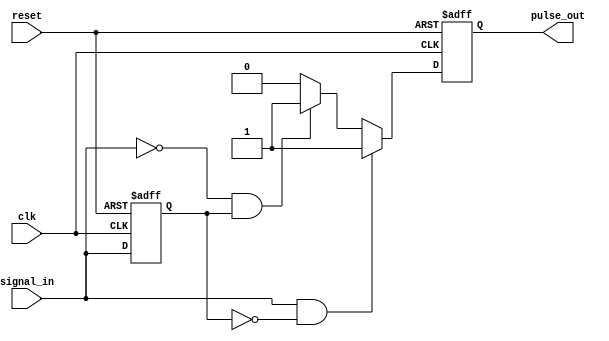
module pulse_edge_detector (
    input wire clk,          // Clock input
    input wire reset,        // Reset input
    input wire signal_in,    // Input signal to detect edges
    output reg pulse_out     // Output pulse signal
);

    // Memory block to store the previous state of the input signal
    reg previous_state;

    // Always block triggered on the rising edge of the clock
    always @(posedge clk or posedge reset) begin
        if (reset) begin
            previous_state <= 1'b0; // Initialize previous state to 0 on reset
            pulse_out <= 1'b0;       // Initialize pulse output to 0 on reset
        end else begin
            // Edge detection logic
            if (signal_in && !previous_state) begin
                // Rising edge detected
                pulse_out <= 1'b1; // Generate pulse for rising edge
            end else if (!signal_in && previous_state) begin
                // Falling edge detected
                pulse_out <= 1'b1; // Generate pulse for falling edge
            end else begin
                pulse_out <= 1'b0; // No edge detected, output low
            end
            
            // Update previous state
            previous_state <= signal_in;
        end
    end

endmodule